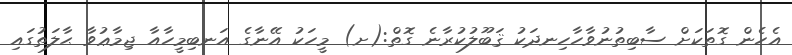
އެހެން ގޮތަކަށް ސާބިތުނުވާހާހިނދަކު ޤަބޫލުކުރާނެ ގޮތް:(ށ) މީހަކު އޭނާގެ އަނބިމީހާއާ ޖިމާޢުވާ ޙާލަތުގައި